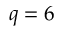
q = 6